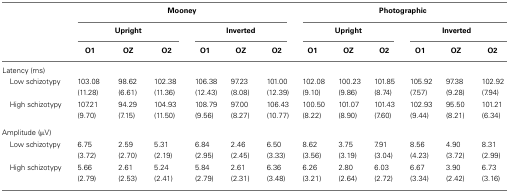
<table><thead><tr><td></td><td colspan="6"><b>Mooney</b></td><td colspan="6"><b>Photographic</b></td></tr><tr><td></td><td colspan="3"><b>Upright</b></td><td colspan="3"><b>Inverted</b></td><td colspan="3"><b>Upright</b></td><td colspan="3"><b>Inverted</b></td></tr><tr><td></td><td><b>O1</b></td><td><b>OZ</b></td><td><b>O2</b></td><td><b>O1</b></td><td><b>OZ</b></td><td><b>O2</b></td><td><b>O1</b></td><td><b>OZ</b></td><td><b>O2</b></td><td><b>O1</b></td><td><b>OZ</b></td><td><b>O2</b></td></tr></thead><tbody><tr><td>Latency (ms)</td></tr><tr><td> Low schizotypy</td><td>103.08 (11.28)</td><td>98.62 (6.61)</td><td>102.38 (11.36)</td><td>106.38 (12.43)</td><td>97.23 (8.08)</td><td>101.00 (12.39)</td><td>102.08 (9.10)</td><td>100.23 (9.86)</td><td>101.85 (8.74)</td><td>105.92 (7.57)</td><td>97.38 (9.28)</td><td>102.92 (7.94)</td></tr><tr><td> High schizotypy</td><td>107.21 (9.70)</td><td>94.29 (7.15)</td><td>104.93 (11.50)</td><td>108.79 (9.56)</td><td>97.00 (8.27)</td><td>106.43 (10.77)</td><td>100.50 (8.22)</td><td>101.07 (8.90)</td><td>101.43 (7.60)</td><td>102.93 (9.44)</td><td>95.50 (8.21)</td><td>101.21 (6.34)</td></tr><tr><td>Amplitude (μV)</td></tr><tr><td> Low schizotypy</td><td>6.75 (3.72)</td><td>2.59 (2.70)</td><td>5.31 (2.19)</td><td>6.84 (2.95)</td><td>2.46 (2.45)</td><td>6.50 (3.33)</td><td>8.62 (3.56)</td><td>3.75 (3.19)</td><td>7.91 (3.04)</td><td>8.56 (4.23)</td><td>4.90 (3.72)</td><td>8.31 (2.99)</td></tr><tr><td> High schizotypy</td><td>5.66 (2.79)</td><td>2.61 (2.53)</td><td>5.24 (2.41)</td><td>5.84 (2.79)</td><td>2.61 (2.31)</td><td>6.36 (3.48)</td><td>6.26 (3.21)</td><td>2.80 (2.64)</td><td>6.03 (2.72)</td><td>6.67 (3.34)</td><td>3.90 (2.42)</td><td>6.73 (3.16)</td></tr></tbody></table>